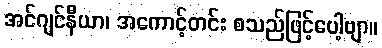
အင်ဂျင်နီယာ၊ အကောင့်တင်း စသည်ဖြင့်ပေါ့ဗျာ။